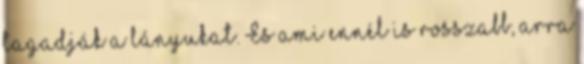
tagadják a lányukat. És ami ennél is rosszabb, arra